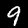
Digit: 9